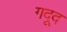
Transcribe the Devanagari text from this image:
गदूद